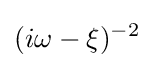
(i\omega -\xi )^{-2}